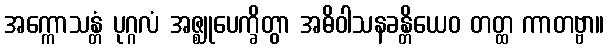
အက္ကောသန္တံ ပုဂ္ဂလံ အဇ္ဈုပေက္ခိတွာ အဓိဝါသနခန္တိယေဝ တတ္ထ ကာတဗ္ဗာ။